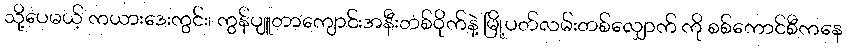
သို့ပေမယ့် ကယားဒေးကွင်း၊ ကွန်ပျူတာကျောင်းအနီးတစ်ဝိုက်နဲ့ မြို့ပတ်လမ်းတစ်လျှောက် ကို စစ်ကောင်စီကနေ